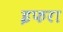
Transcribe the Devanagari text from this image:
इफरा